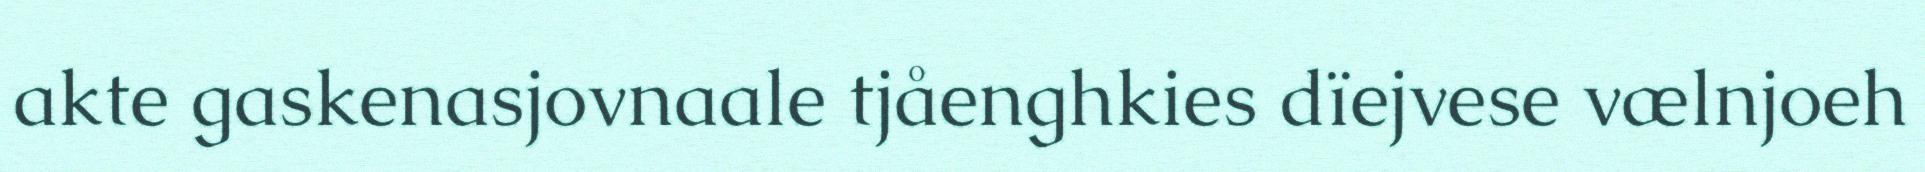
akte gaskenasjovnaale tjåenghkies dïejvese vælnjoeh